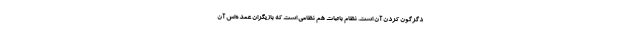
دگرگون کردن آن است. نظام باثبات هم نظامی است که بازیگران عمده‌اش آن